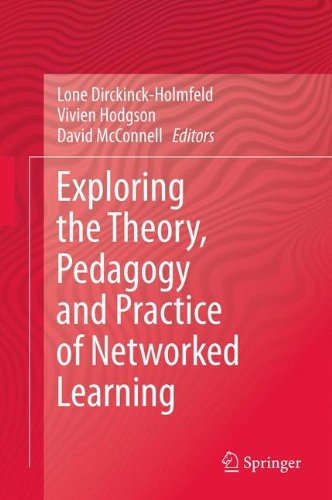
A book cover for Exploring the Theory, Pedagogy and Practice of Networked Learning; Computers & Technology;